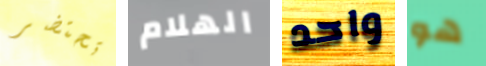
تحتضر الهلام واحد هو